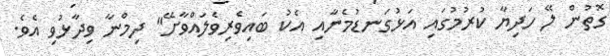
ގޮތުން ލޭ ހަދިޔާ ކުރުމުގައި އަޅުގަނޑުމެނާއި އެކު ބައިވެރިވެލައްވާށޭ" ދިމްނާ ވިދާޅުވި އެވެ.